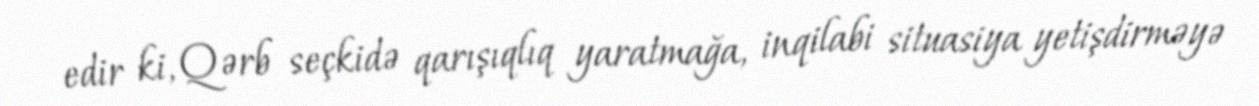
edir ki, Qərb seçkidə qarışıqlıq yaratmağa, inqilabi situasiya yetişdirməyə